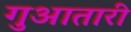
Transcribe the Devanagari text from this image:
गुआतारी